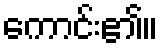
ကောင်း၏။